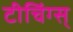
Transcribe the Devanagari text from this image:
टीचिंग्स्‌